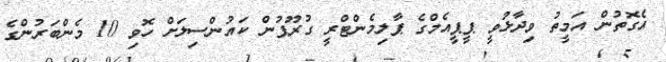
އެގޮތުން އަމީތު ވިދާޅުވީ ޕީޕީއެމްގެ ޕާލިމެންޓްރީ ގުރޫޕުން ކައުންސިލަށް ހޮވި 10 މެންބަރުންގެ